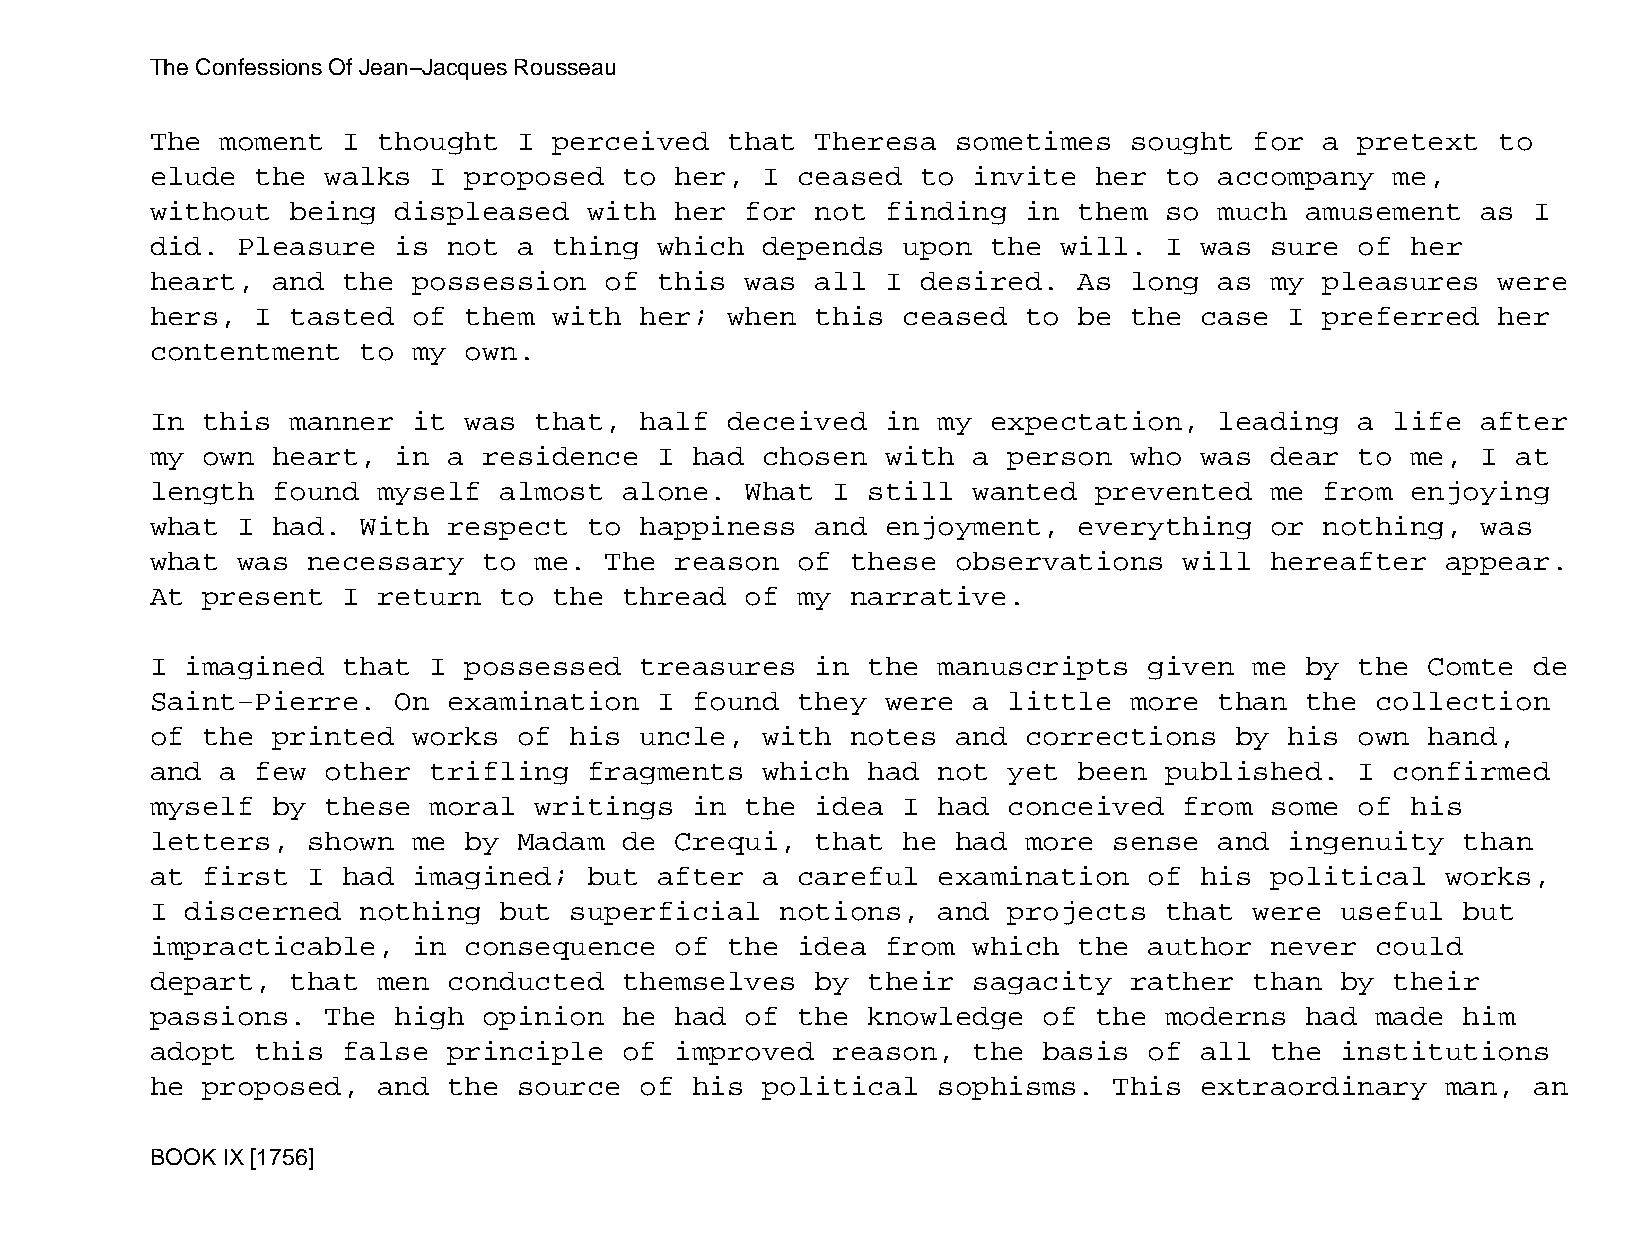
The Confessions Of Jean−Jacques Rousseau
 The  moment  I thought  I  perceived  that  Theresa  sometimes   sought  for  a pretext  to
 elude  the  walks I  proposed  to  her, I  ceased  to invite  her  to  accompany  me,
 without  being  displeased   with  her for  not  finding  in them  so  much amusement   as I
 did.  Pleasure  is  not a  thing  which depends   upon  the will.  I was  sure  of her
 heart,  and  the possession   of  this was  all  I desired.  As  long  as my  pleasures  were
 hers,  I tasted  of  them  with her;  when  this  ceased  to be  the case  I  preferred  her
 contentment   to my  own.
 In this  manner  it  was that,  half  deceived   in my  expectation,   leading  a life  after
 my own  heart,  in  a residence   I had chosen   with a  person  who was  dear  to me,  I at
 length  found  myself  almost  alone.  What  I still  wanted  prevented   me  from enjoying
 what  I had.  With  respect  to happiness   and  enjoyment,  everything   or  nothing,  was
 what  was necessary   to me.  The  reason  of these  observations   will  hereafter   appear.
 At present   I return  to  the thread  of  my narrative.
 I imagined   that I  possessed  treasures   in the  manuscripts   given  me by  the  Comte de
 Saint−Pierre.   On  examination   I found  they  were a  little  more  than the  collection
 of the  printed  works  of  his uncle,  with  notes  and  corrections   by his  own  hand,
 and  a few  other trifling   fragments  which  had  not  yet been  published.   I confirmed
 myself  by  these moral  writings   in the  idea  I had  conceived  from  some  of his
 letters,  shown  me  by Madam  de  Crequi,  that  he had  more  sense  and ingenuity   than
 at first  I  had imagined;   but  after a  careful  examination   of his  political   works,
 I discerned   nothing  but  superficial   notions,  and  projects  that  were  useful  but
 impracticable,   in  consequence   of the  idea  from which  the  author  never  could
 depart,  that  men  conducted  themselves   by their  sagacity   rather  than  by their
 passions.   The high  opinion  he  had of  the knowledge   of the  moderns  had  made  him
 adopt  this  false  principle  of  improved  reason,  the  basis  of all  the  institutions
 he proposed,   and  the source  of  his political   sophisms.   This extraordinary    man, an
 BOOK IX [1756]